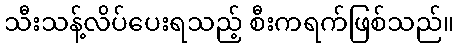
သီးသန့်လိပ်ပေးရသည့် စီးကရက်ဖြစ်သည်။